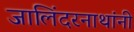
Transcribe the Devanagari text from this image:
जालिंदरनाथांनी